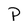
Character: P